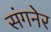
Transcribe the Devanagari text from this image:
संगनेर